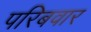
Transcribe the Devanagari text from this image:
परिबवार